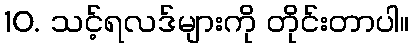
10. သင့်ရလဒ်များကို တိုင်းတာပါ။